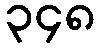
၃၄၈